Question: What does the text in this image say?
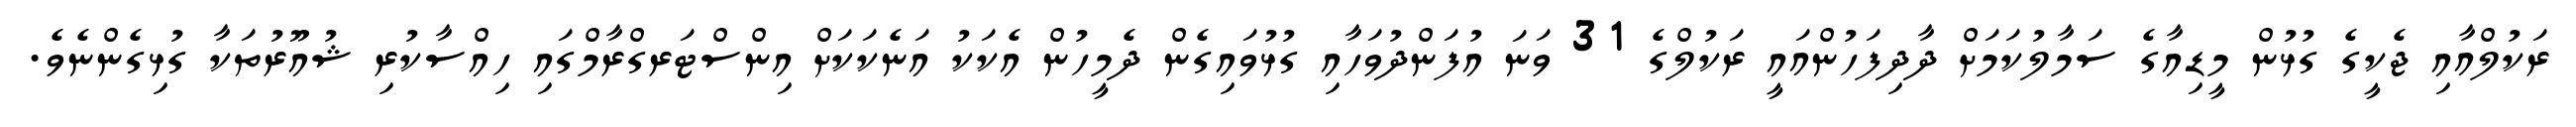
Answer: ރަކުލްއާއި ޖެކީގެ ގުޅުން މީޑިއާގެ ސަމާލުކަމަށް ދާދިފަހުންއައީ ރަކުލްގެ 31 ވަނަ އުފަންދުވަހާއި ގުޅުވައިގެން ދެމީހުން އެކަކު އަނެކަކަށް އިންސްޓަރގްރާމްގައި ހިއްސާކުރި ޝުއޫރުތަކާ ގުޅިގެންނެވެ.